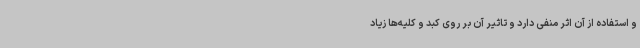
و استفاده از آن اثر منفی دارد و تاثیر آن بر روی کبد و کلیه‌ها زیاد